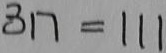
3 1 7 = 1 1 1